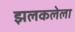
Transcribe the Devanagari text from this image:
झलकलेला